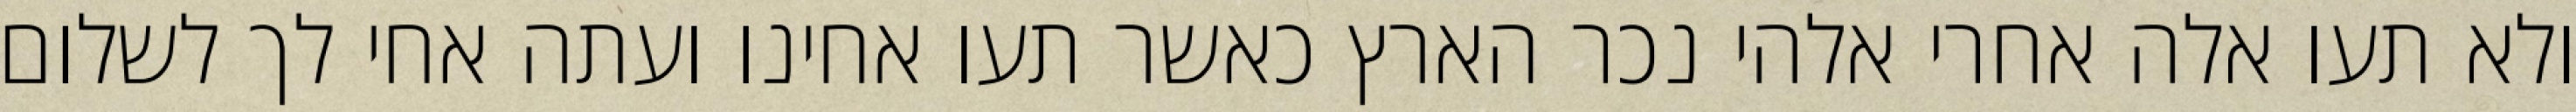
ולא תעו אלה אחרי אלהי נכר הארץ כאשר תעו אחינו ועתה אחי לך לשלום